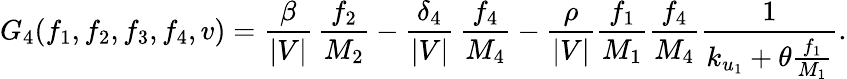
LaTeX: G_{4}(f_{1},f_{2},f_{3},f_{4},v)=\frac{\beta}{|V|}\, \frac{f_{2}}{M_{2}}-\frac{\delta_{4}}{|V|}\, \frac{f_{4}}{M_{4}}-\frac{\rho}{|V|}\frac{f_{1}}{M_{1}}\frac{f_{4}}{M_{4}}\frac{1}{k_{u_{1}}+\theta\frac{f_{1}}{M_{1}}}.